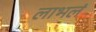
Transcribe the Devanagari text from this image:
लाभलं